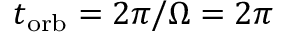
t _ { \mathrm { o r b } } = 2 \pi / \Omega = 2 \pi